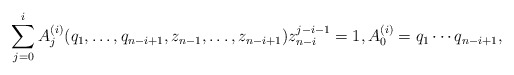
\begin{gather*}\sum_{j=0}^{i} A_j^{(i)}(q_1,\ldots,q_{n-i+1},z_{n-1},\ldots,z_{n-i+1}) z_{n-i}^{j-i-1}=1, A^{(i)}_{0}=q_1 \cdots q_{n-i+1},\end{gather*}